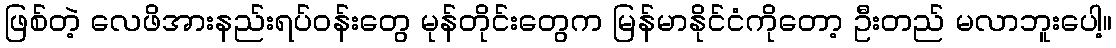
ဖြစ်တဲ့ လေဖိအားနည်းရပ်ဝန်းတွေ မုန်တိုင်းတွေက မြန်မာနိုင်ငံကိုတော့ ဦးတည် မလာဘူးပေါ့။